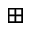
\boxplus